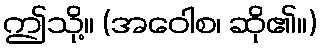
ဤသို့။ (အဝေါစ၊ ဆို၏။)